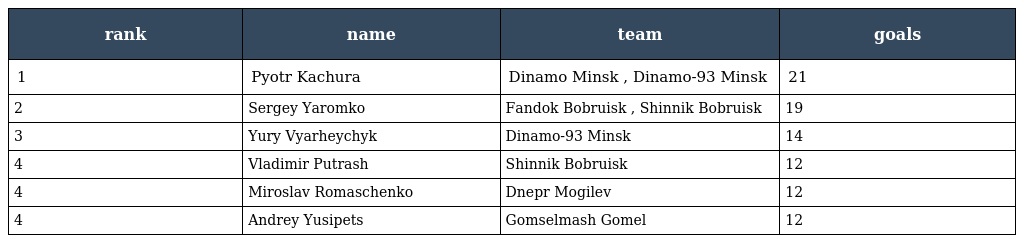
| rank | name | team | goals |
 | --- | --- | --- | --- |
 | 1 | Pyotr Kachura | Dinamo Minsk , Dinamo-93 Minsk | 21 |
 | 2 | Sergey Yaromko | Fandok Bobruisk , Shinnik Bobruisk | 19 |
 | 3 | Yury Vyarheychyk | Dinamo-93 Minsk | 14 |
 | 4 | Vladimir Putrash | Shinnik Bobruisk | 12 |
 | 4 | Miroslav Romaschenko | Dnepr Mogilev | 12 |
 | 4 | Andrey Yusipets | Gomselmash Gomel | 12 |